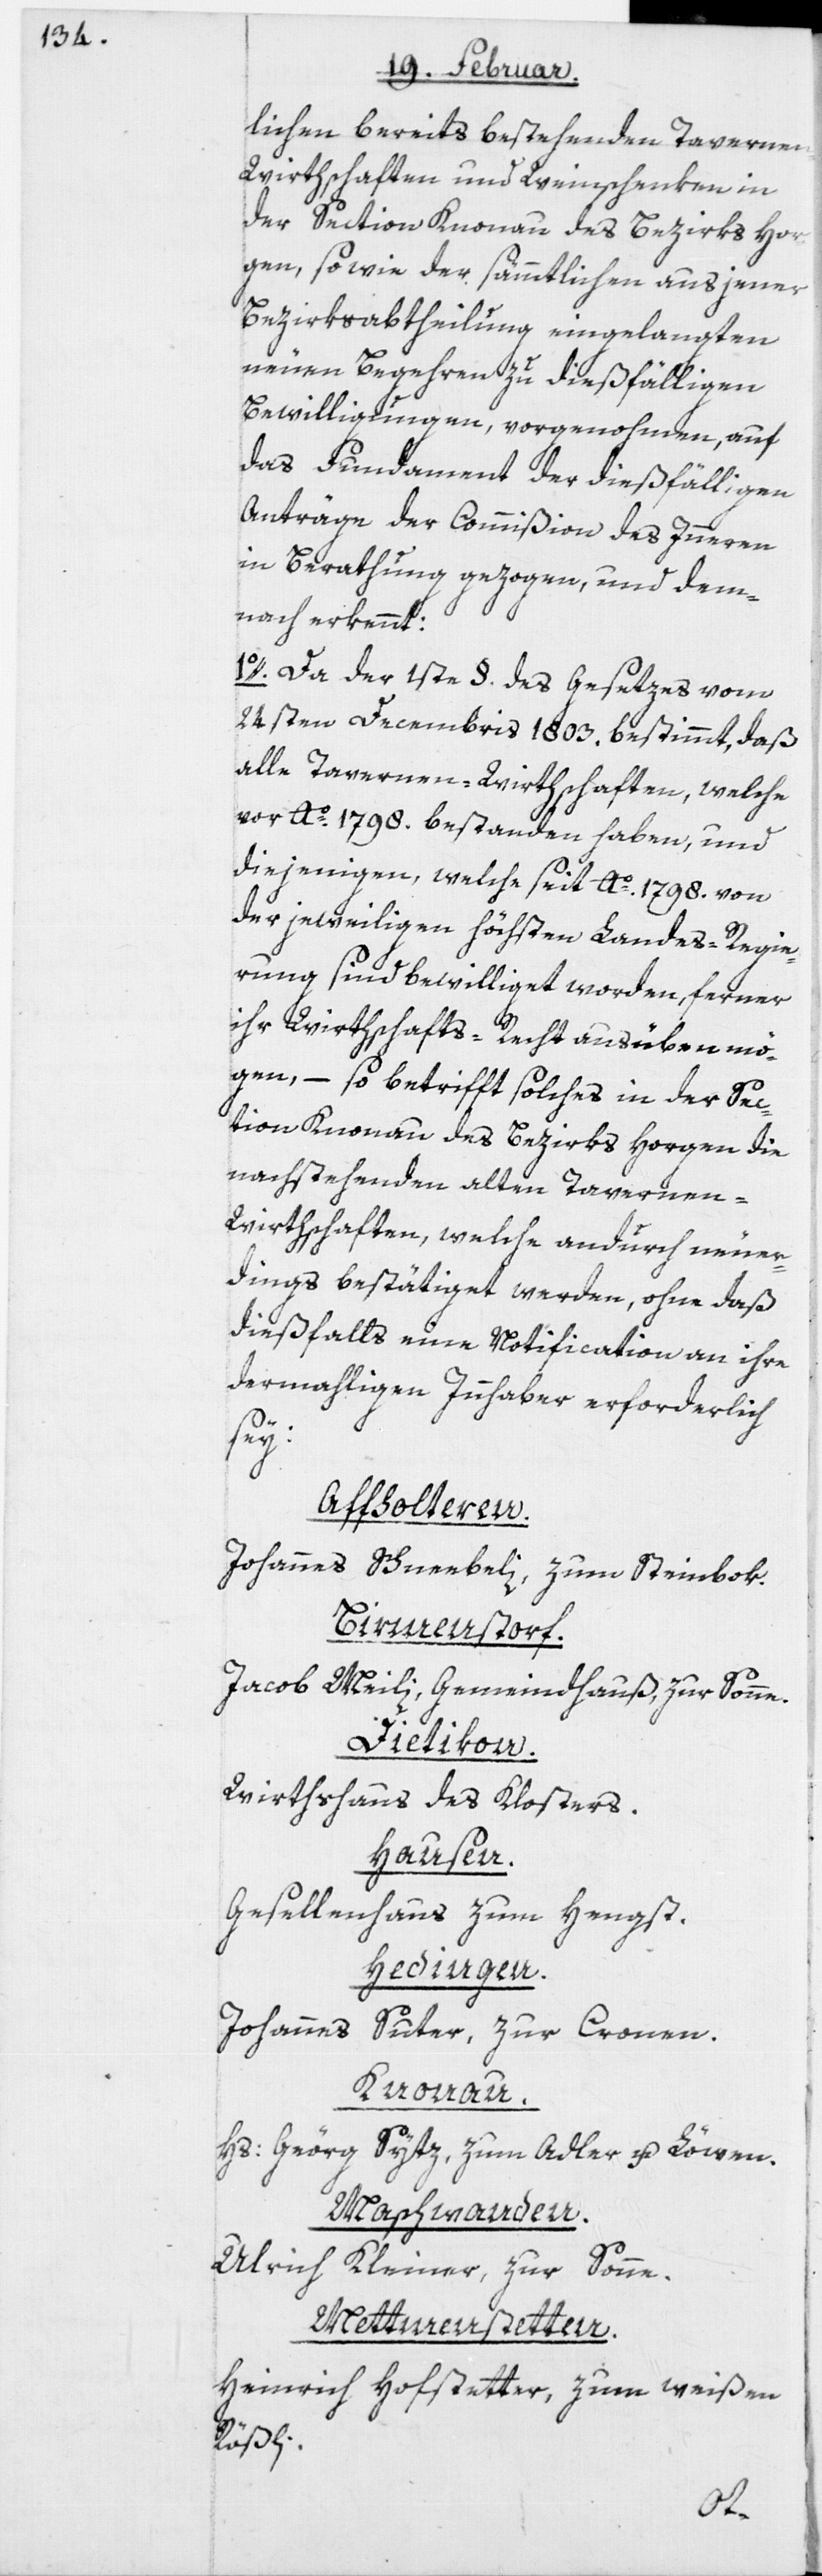
lichen bereits bestehenden Taverne¬
n-Wirthschaften und Weinschenken in
der Section Knonau des Bezirks Hor¬
gen, so wie der sämmtlichen aus jener
Bezirksabtheilung eingelangten
neuen Begehren zu dießfälligen
Bewilligungen, vorgenohmen, auf
das Fundament der dießfälligen
Anträge der Commißion des Inneren
in Berathung gezogen, und dem¬
nach erkennt:
1o. Da der 1ste §. des Gesetzes vom
24sten Decembris 1803. bestimmt, daß
alle Tavernen-Wirthschaften, welche
vor Ao. 1798. bestanden haben, und
diejenigen, welche seit Ao. 1798. von
der jeweiligen höchsten Landes-Regie¬
rung sind bewilliget worden, ferner
ihr Wirthschaftsrecht ausüben mö¬
gen, – so betrifft solches in der Sec¬
tion Knonau des Bezirks Horgen die
nachstehenden alten Tavernen-W¬
irthschaften, welche andurch neuer¬
dings bestätiget werden, ohne daß
dießfalls eine Notification an ihre
dermahligen Innhaber erforderlich
sey:
Affholteren.
Johannes Schneebeli, zum Steinbok.
Birmenstorf.
Jacob Meili, Gemeindhaus zur Sonne.
Dietikon.
Wirthshaus des Klosters.
Hausen.
Gesellenhaus zum Hengst.
Hedingen.
Johannes Suter, zur Cronen.
Knonau.
Hs: Geörg Sytz, zum Adler u. Löwen.
Maschwanden.
Ulrich Kleiner, zur Sonne.
Mettmenstetten.
Heinrich Hofstetter, zum weißen
Rößli.